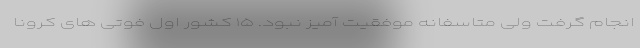
انجام گرفت ولی متاسفانه موفقیت آمیز نبود. ۱۵ کشور اول فوتی های کرونا